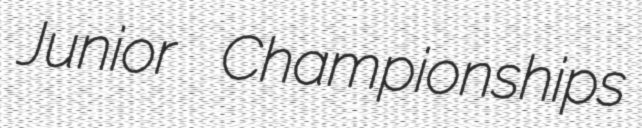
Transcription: Junior Championships